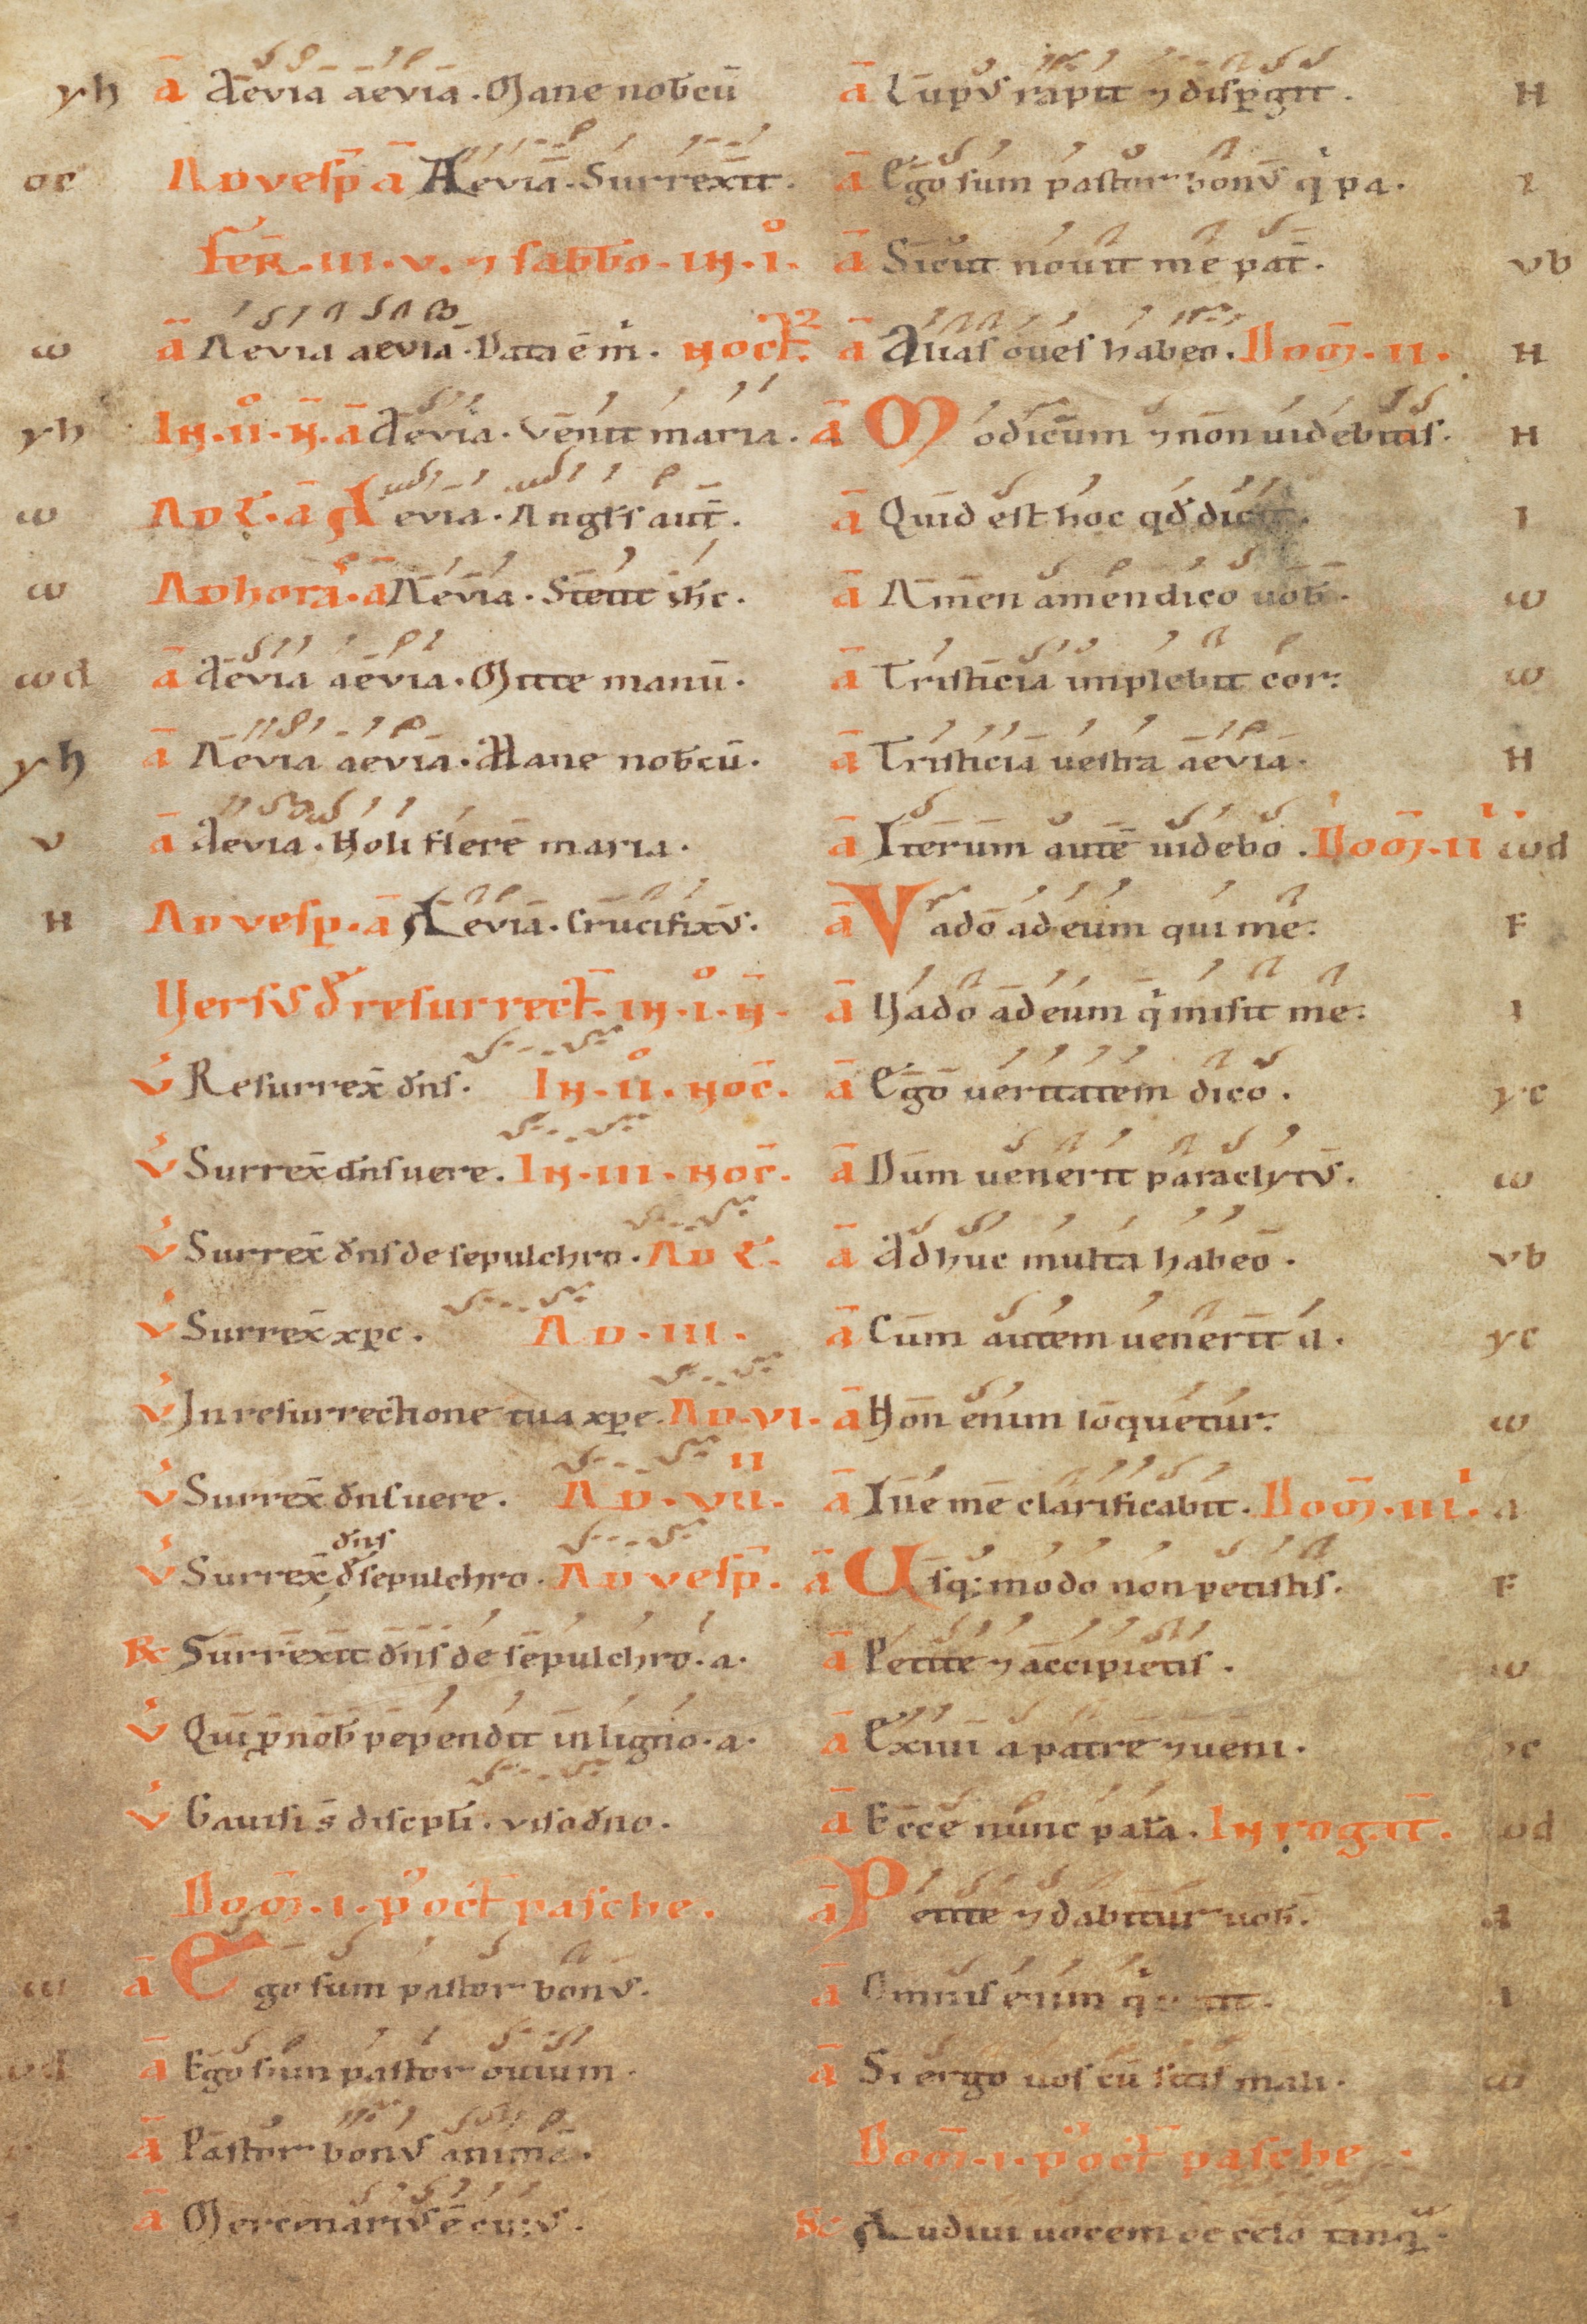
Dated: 1100–1199